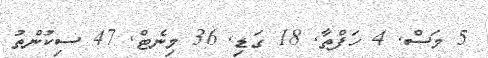
5 މަސް